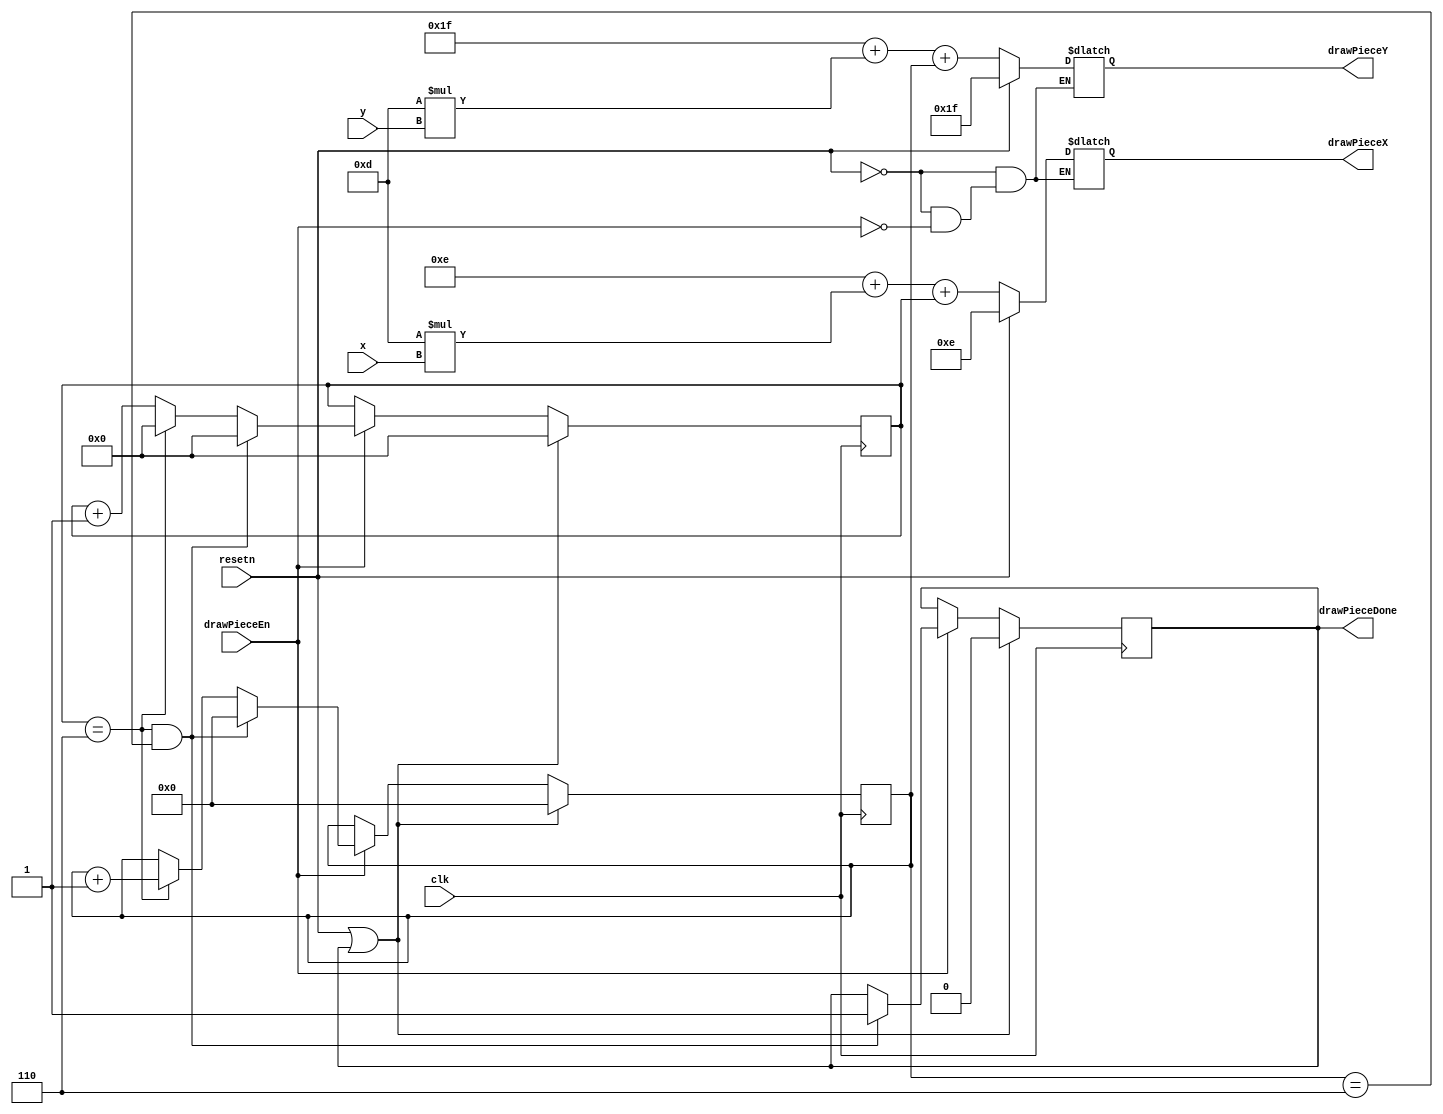
//colour is handled by turnManager
module drawPiece(
            input clk,
            input resetn,
            input [2:0] x,
            input [2:0] y,
				input drawPieceEn,

            output reg [7:0] drawPieceX,
            output reg [6:0] drawPieceY,
				output reg drawPieceDone
            );
	 //draws square pieces starting at the top left corner drawing horizontal lines first and then moving down.
	 //the coordinate of the top left most starting pixel is x = 10 + 4, y = 27 + 4
    wire [7:0] xRef;
	 wire [6:0] yRef;
	 assign xRef = 14;
	 assign yRef = 31;
	 reg [7:0] xAdd;
	 reg [6:0] yAdd;
	 
	 always @(*) 
	 begin
		if (resetn) 
		begin
			drawPieceX = xRef;
			drawPieceY = yRef;
		end
		else if (drawPieceEn)
		begin
			drawPieceX = xRef + (13 * x) + xAdd;
			drawPieceY = yRef + (13 * y) + yAdd;
		end
	 end
	 
	 always @(posedge clk)
    begin
        if (resetn | drawPieceDone) 
            begin
                xAdd <= 0;
                yAdd<= 0;
                drawPieceDone <= 1'b0;
            end
        else if (drawPieceEn)
		  begin
			  if (xAdd == 6 & yAdd == 6)
					begin
						 xAdd <= 0;
						 yAdd <= 0;
						 drawPieceDone <= 1'b1;
					end
			  else 
					begin 
						if (xAdd == 6)
						begin
							xAdd <= 0;
							yAdd <= yAdd + 1;
						end
						else
							xAdd <= xAdd + 1;
					end 
		  end
    end

endmodule